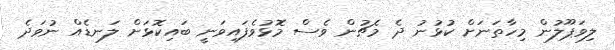
ލިވަޕޫލުން މިހާތަނަށް ކުޅުނު ދެ މެޗުން ވެސް މޮޅުވެފައިވަނީ ބައިކޮޅަށް ލަނޑެއް ނުވަދެ